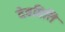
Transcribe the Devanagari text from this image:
देवमिति